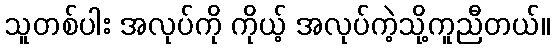
သူတစ်ပါး အလုပ်ကို ကိုယ့် အလုပ်ကဲ့သို့ကူညီတယ်။